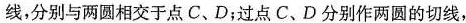
线，分别与两圆相交于点C、D；过点C、D分别作两圆的切线，